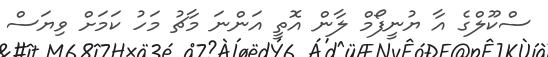
ސްކޫލްގެ އާ ޔުނީފޯމް ލާން އޮތީ އަންނަ މާޗު މަހު ކަމަށް ވިޔަސް